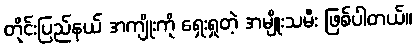
တိုင်းပြည်နယ် အကျိုးကို ရှေးရှုတဲ့ အမျိုးသမီး ဖြစ်ပါတယ်။